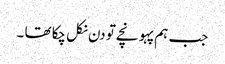
جب ہم پہو نچے تو دن نکل چکا تھا ۔